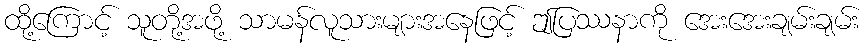
ထို့ကြောင့် သူတို့အဖို့ သာမန်လူသားများအနေဖြင့် ဤပြဿနာကို အေးအေးချမ်းချမ်း